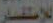
للإستفسار